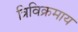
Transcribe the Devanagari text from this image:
त्रिविक्रमाय